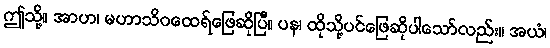
ဤသို့။ အာဟ၊ မဟာသိဝထေရ်ဖြေဆိုပြီ။ ပန၊ ထိုသို့ပင်ဖြေဆိုပါသော်လည်း။ အယံ၊